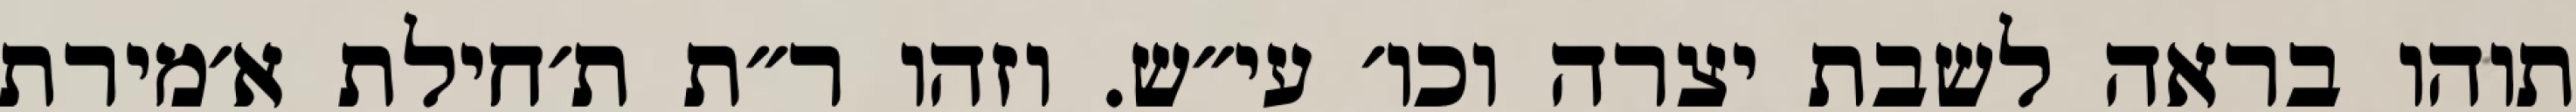
תוהו בראה לשבת יצרה וכו׳ עי״ש. וזהו ר״ת ת׳חילת א׳מירת